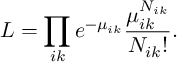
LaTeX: L = \prod _ { i k } e ^ { - \mu _ { i k } } \frac { \mu _ { i k } ^ { N _ { i k } } } { N _ { i k } ! } .